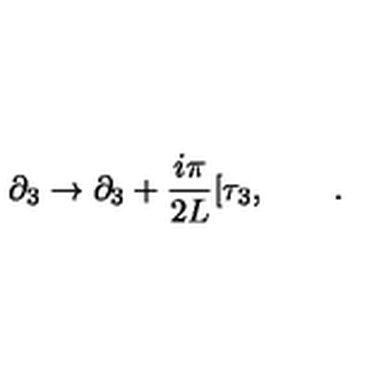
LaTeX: \partial _ { 3 } \rightarrow \partial _ { 3 } + \frac { i \pi } { 2 L } [ \tau _ { 3 } , \qquad .